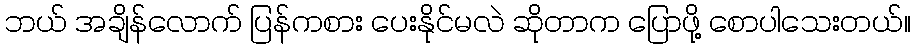
ဘယ် အချိန်လောက် ပြန်ကစား ပေးနိုင်မလဲ ဆိုတာက ပြောဖို့ စောပါသေးတယ်။